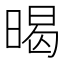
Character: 暍